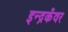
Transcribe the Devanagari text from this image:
इन्द्रकँवर